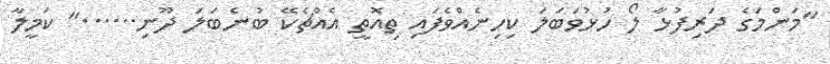
"މަންމަގެ ދަރިފުޅާ ލޯ ހުޅުވަބަލަ ކިހިނެއްވެފައި ތިއޮތީ އެއްޗެކޭ ބުނެބަލަ ދޫނި......" ކަމީލާ